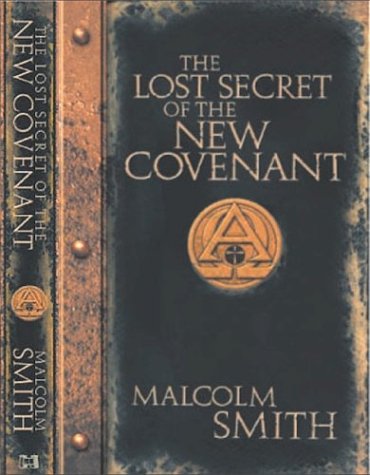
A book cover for The Lost Secret of the New Covenant; Malcolm Smith; Christian Books & Bibles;